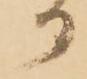
る